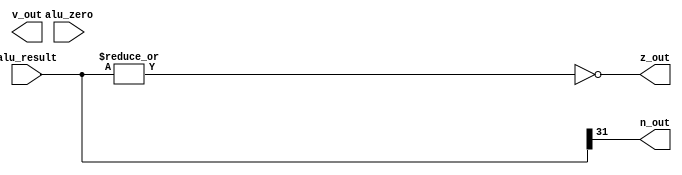
module status(n_out, z_out, v_out, alu_zero, alu_result);
input [31:0] alu_result;
input alu_zero;
output n_out, z_out, v_out;

assign z_out = ~(|alu_result);
assign n_out = alu_result[31];


//v_out olutur
endmodule